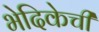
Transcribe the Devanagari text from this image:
भेदिकेची